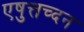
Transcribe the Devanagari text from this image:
एषुत्तच्दन